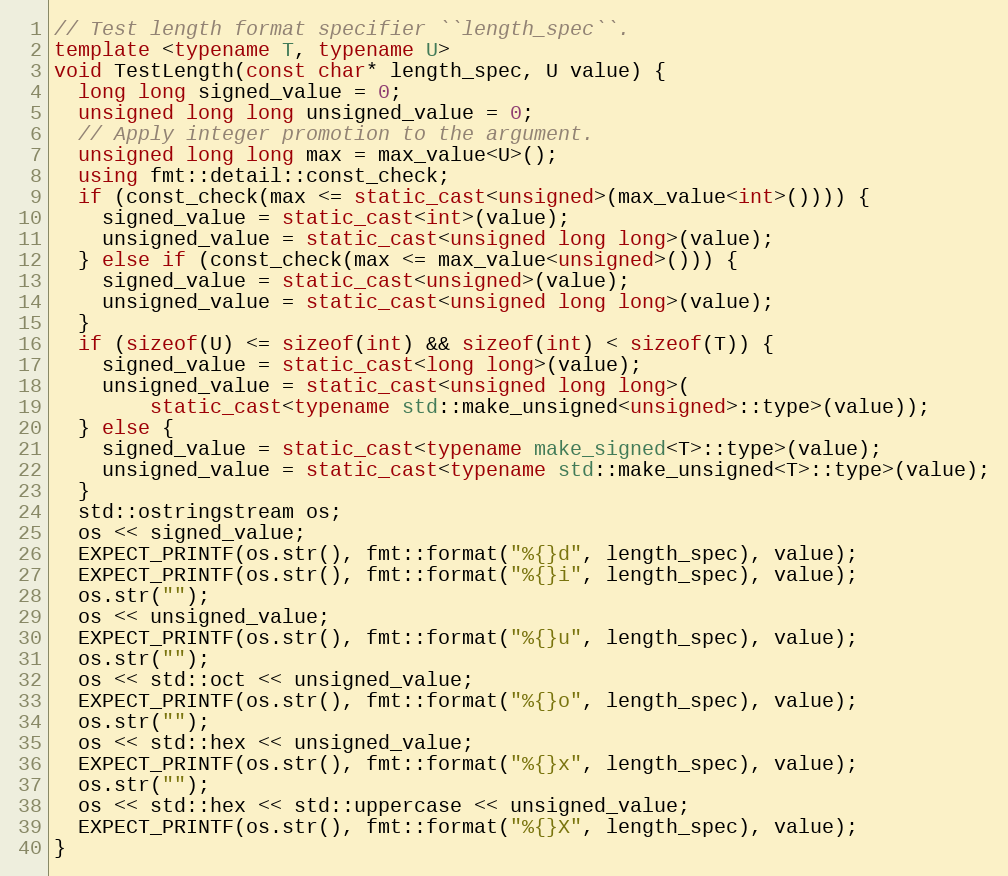
Language: C++
// Test length format specifier ``length_spec``.
template <typename T, typename U>
void TestLength(const char* length_spec, U value) {
  long long signed_value = 0;
  unsigned long long unsigned_value = 0;
  // Apply integer promotion to the argument.
  unsigned long long max = max_value<U>();
  using fmt::detail::const_check;
  if (const_check(max <= static_cast<unsigned>(max_value<int>()))) {
    signed_value = static_cast<int>(value);
    unsigned_value = static_cast<unsigned long long>(value);
  } else if (const_check(max <= max_value<unsigned>())) {
    signed_value = static_cast<unsigned>(value);
    unsigned_value = static_cast<unsigned long long>(value);
  }
  if (sizeof(U) <= sizeof(int) && sizeof(int) < sizeof(T)) {
    signed_value = static_cast<long long>(value);
    unsigned_value = static_cast<unsigned long long>(
        static_cast<typename std::make_unsigned<unsigned>::type>(value));
  } else {
    signed_value = static_cast<typename make_signed<T>::type>(value);
    unsigned_value = static_cast<typename std::make_unsigned<T>::type>(value);
  }
  std::ostringstream os;
  os << signed_value;
  EXPECT_PRINTF(os.str(), fmt::format("%{}d", length_spec), value);
  EXPECT_PRINTF(os.str(), fmt::format("%{}i", length_spec), value);
  os.str("");
  os << unsigned_value;
  EXPECT_PRINTF(os.str(), fmt::format("%{}u", length_spec), value);
  os.str("");
  os << std::oct << unsigned_value;
  EXPECT_PRINTF(os.str(), fmt::format("%{}o", length_spec), value);
  os.str("");
  os << std::hex << unsigned_value;
  EXPECT_PRINTF(os.str(), fmt::format("%{}x", length_spec), value);
  os.str("");
  os << std::hex << std::uppercase << unsigned_value;
  EXPECT_PRINTF(os.str(), fmt::format("%{}X", length_spec), value);
}